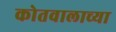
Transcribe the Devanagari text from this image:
कोतवालाच्या